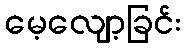
မေ့လျော့ခြင်း